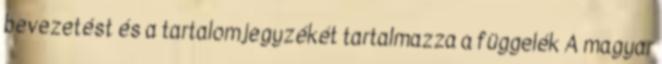
bevezetést és a tartalomjegyzékét tartalmazza a függelék A magyar